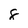
Character: 8